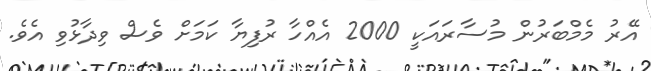
އޭރު މެމްބަރުން މުސާރައަކީ 2000 އެއްހާ ރުފިޔާ ކަމަށް ވެސް ވިދާޅުވި އެވެ.